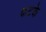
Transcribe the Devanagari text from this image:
कटके